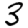
Digit: 3